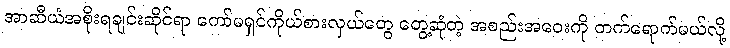
အာဆီယံအစိုးရချင်းဆိုင်ရာ ကော်မရှင်ကိုယ်စားလှယ်တွေ တွေ့ဆုံတဲ့ အစည်းအဝေးကို တက်ရောက်မယ်လို့